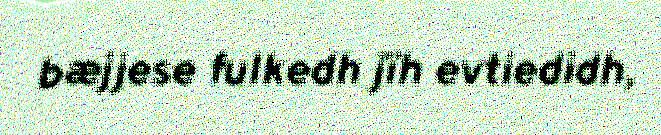
bæjjese fulkedh jïh evtiedidh,